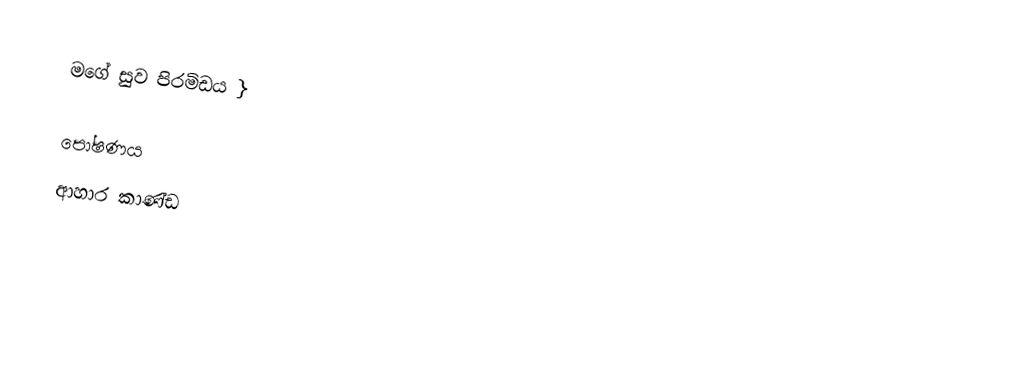
මගේ සුව පිරමිඩය }

පෝෂණය
ආහාර කාණ්ඩ